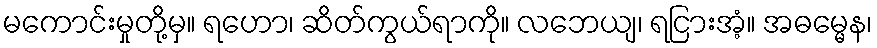
မကောင်းမှုတို့မှ။ ရဟော၊ ဆိတ်ကွယ်ရာကို။ လဘေယျ၊ ရငြားအံ့။ အဓမ္မေန၊